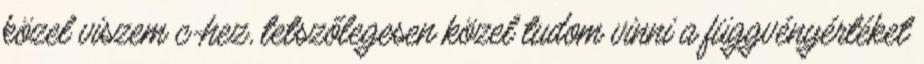
közel viszem c-hez, tetszőlegesen közel tudom vinni a függvényértéket